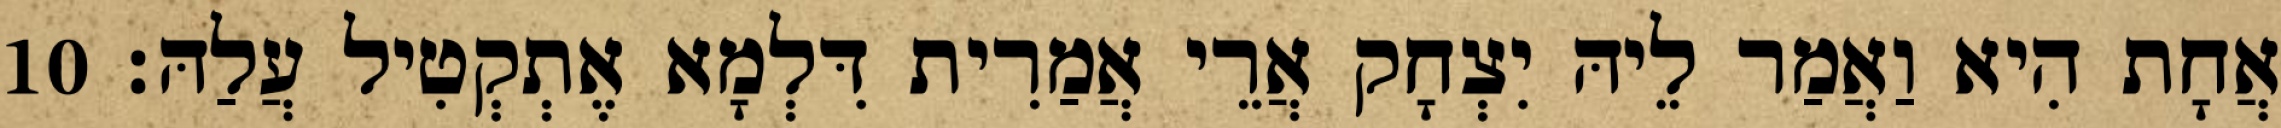
אֲחָת הִיא וַאֲמַר לֵיהּ יִצְחָק אֲרֵי אֲמַרִית דִּלְמָא אֶתְקְטִיל עֲלַהּ׃ 10